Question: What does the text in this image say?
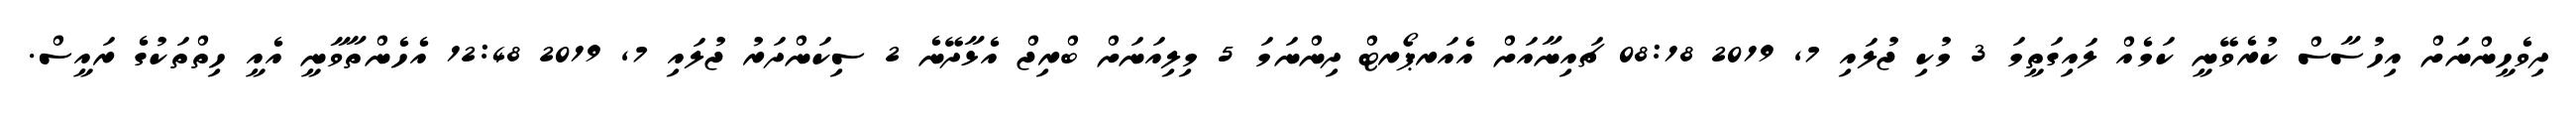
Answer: ދިވެހީންނަށް އިހުސާސް ކުރެވޭނީ ކަމެއް ލައިގަތީމަ 3 މުކި ޖުލައި 7, 2019 08:18 ޗައިނާއަށް އެއަރޕޯރޓް ދިންނަމަ 5 މިލިއަނަށް ބްރިޖް އެޅާދޭނެ 2 ސިކަންދަރު ޖުލައި 7, 2019 12:48 އެހެންތާވާނީ އެއީ ހިތްތަކުގެ ރައީސް.